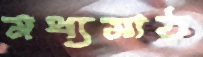
মধ্যমাঠ